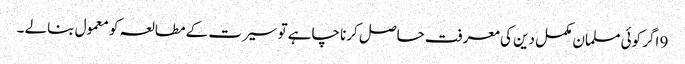
9 اگر کوئی مسلمان مکمل دین کی معرفت حاصل کرنا چاہے تو سیرت کے مطالعہ کو معمول بنالے ۔